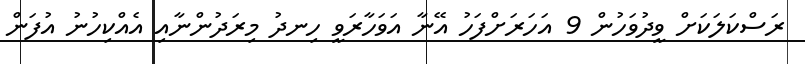
ރަސްކަލަކަށް ވީދުވަހުން 9 އަހަރަށްފަހު އޭނާ އަވަހާރަވީ ހިނދު މިރަދުންނާއި އެއްކިހުނު އުފަން